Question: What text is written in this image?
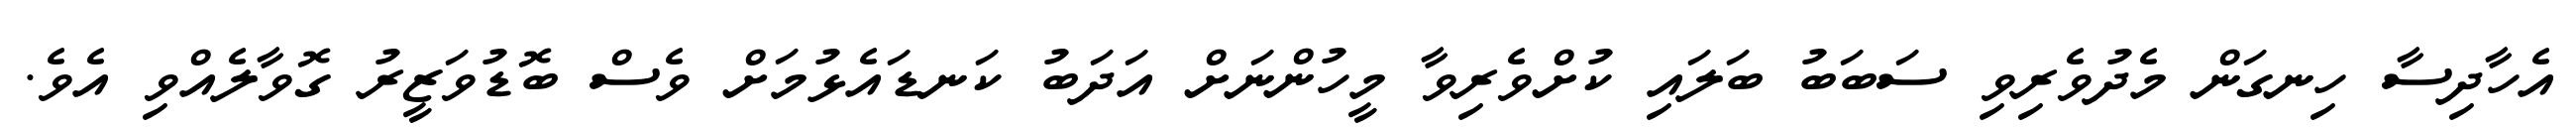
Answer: އެހާދިސާ ހިނގަން މެދުވެރިވި ސަބަބު ބަލައި ކުށްވެރިވާ މީހުންނަށް އަދަބު ކަނޑައެޅުމަށް ވެސް ބޮޑުވަޒީރު ގޮވާލެއްވި އެވެ.